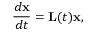
\frac { d \mathbf { x } } { d t } = \mathbf { L } ( t ) \mathbf { x } ,